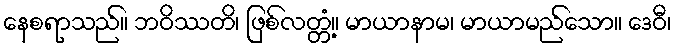
နေစရာသည်။ ဘဝိဿတိ၊ ဖြစ်လတ္တံ့။ မာယာနာမ၊ မာယာမည်သော။ ဒေဝီ၊